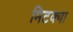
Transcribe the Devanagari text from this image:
मिटक्या